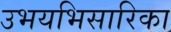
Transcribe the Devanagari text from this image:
उभयभिसारिका